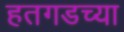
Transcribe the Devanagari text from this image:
हतगडच्या